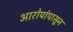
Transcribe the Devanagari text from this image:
आरोपांपासून